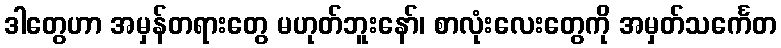
ဒါတွေဟာ အမှန်တရားတွေ မဟုတ်ဘူးနော်၊ စာလုံးလေးတွေကို အမှတ်သင်္ကေတ